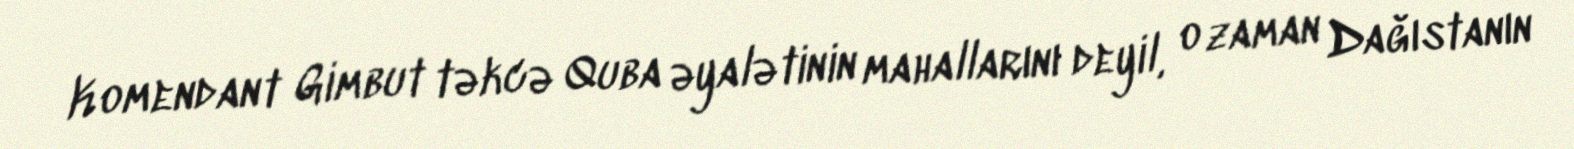
Komendant Gimbut təkcə Quba əyalətinin mahallarını deyil, o zaman Dağıstanın